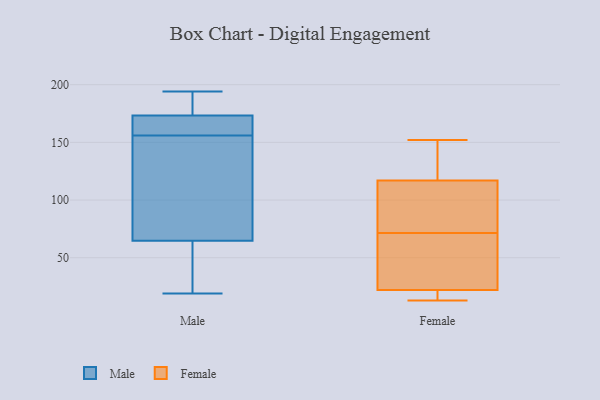
{"axis": {"x": "Tickets Resolved", "y": "Value"}, "legend": ["Female", "Male"], "data": [{"x": "", "y": 52, "type": "Male"}, {"x": "", "y": 125, "type": "Male"}, {"x": "", "y": 165, "type": "Male"}, {"x": "", "y": 19, "type": "Male"}, {"x": "", "y": 194, "type": "Male"}, {"x": "", "y": 156, "type": "Male"}, {"x": "", "y": 163, "type": "Male"}, {"x": "", "y": 189, "type": "Male"}, {"x": "", "y": 91, "type": "Male"}, {"x": "", "y": 176, "type": "Male"}, {"x": "", "y": 56, "type": "Male"}, {"x": "", "y": 64, "type": "Female"}, {"x": "", "y": 123, "type": "Female"}, {"x": "", "y": 111, "type": "Female"}, {"x": "", "y": 22, "type": "Female"}, {"x": "", "y": 16, "type": "Female"}, {"x": "", "y": 117, "type": "Female"}, {"x": "", "y": 13, "type": "Female"}, {"x": "", "y": 79, "type": "Female"}, {"x": "", "y": 62, "type": "Female"}, {"x": "", "y": 152, "type": "Female"}]}